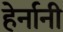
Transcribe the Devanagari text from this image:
हेर्नानी